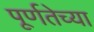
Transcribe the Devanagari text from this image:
पूर्णतेच्या